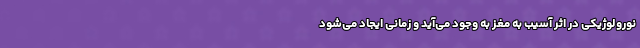
نورولوژیکی در اثر آسیب به مغز به وجود می‌آید و زمانی ایجاد می‌شود